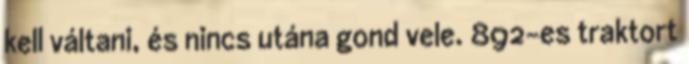
kell váltani, és nincs utána gond vele. 892-es traktort